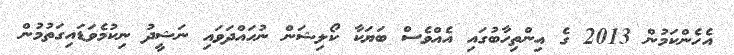
އެހެންކަމުން 2013 ގެ އިންތިހާބުގައި އެއްވެސް ބަޔަކާ ކޯލިޝަން ނުހައްދަވައި ނަޝީދު ނިކުމެވަޑައިގަތުމުން